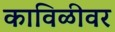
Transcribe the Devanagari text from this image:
काविळीवर